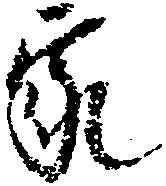
家